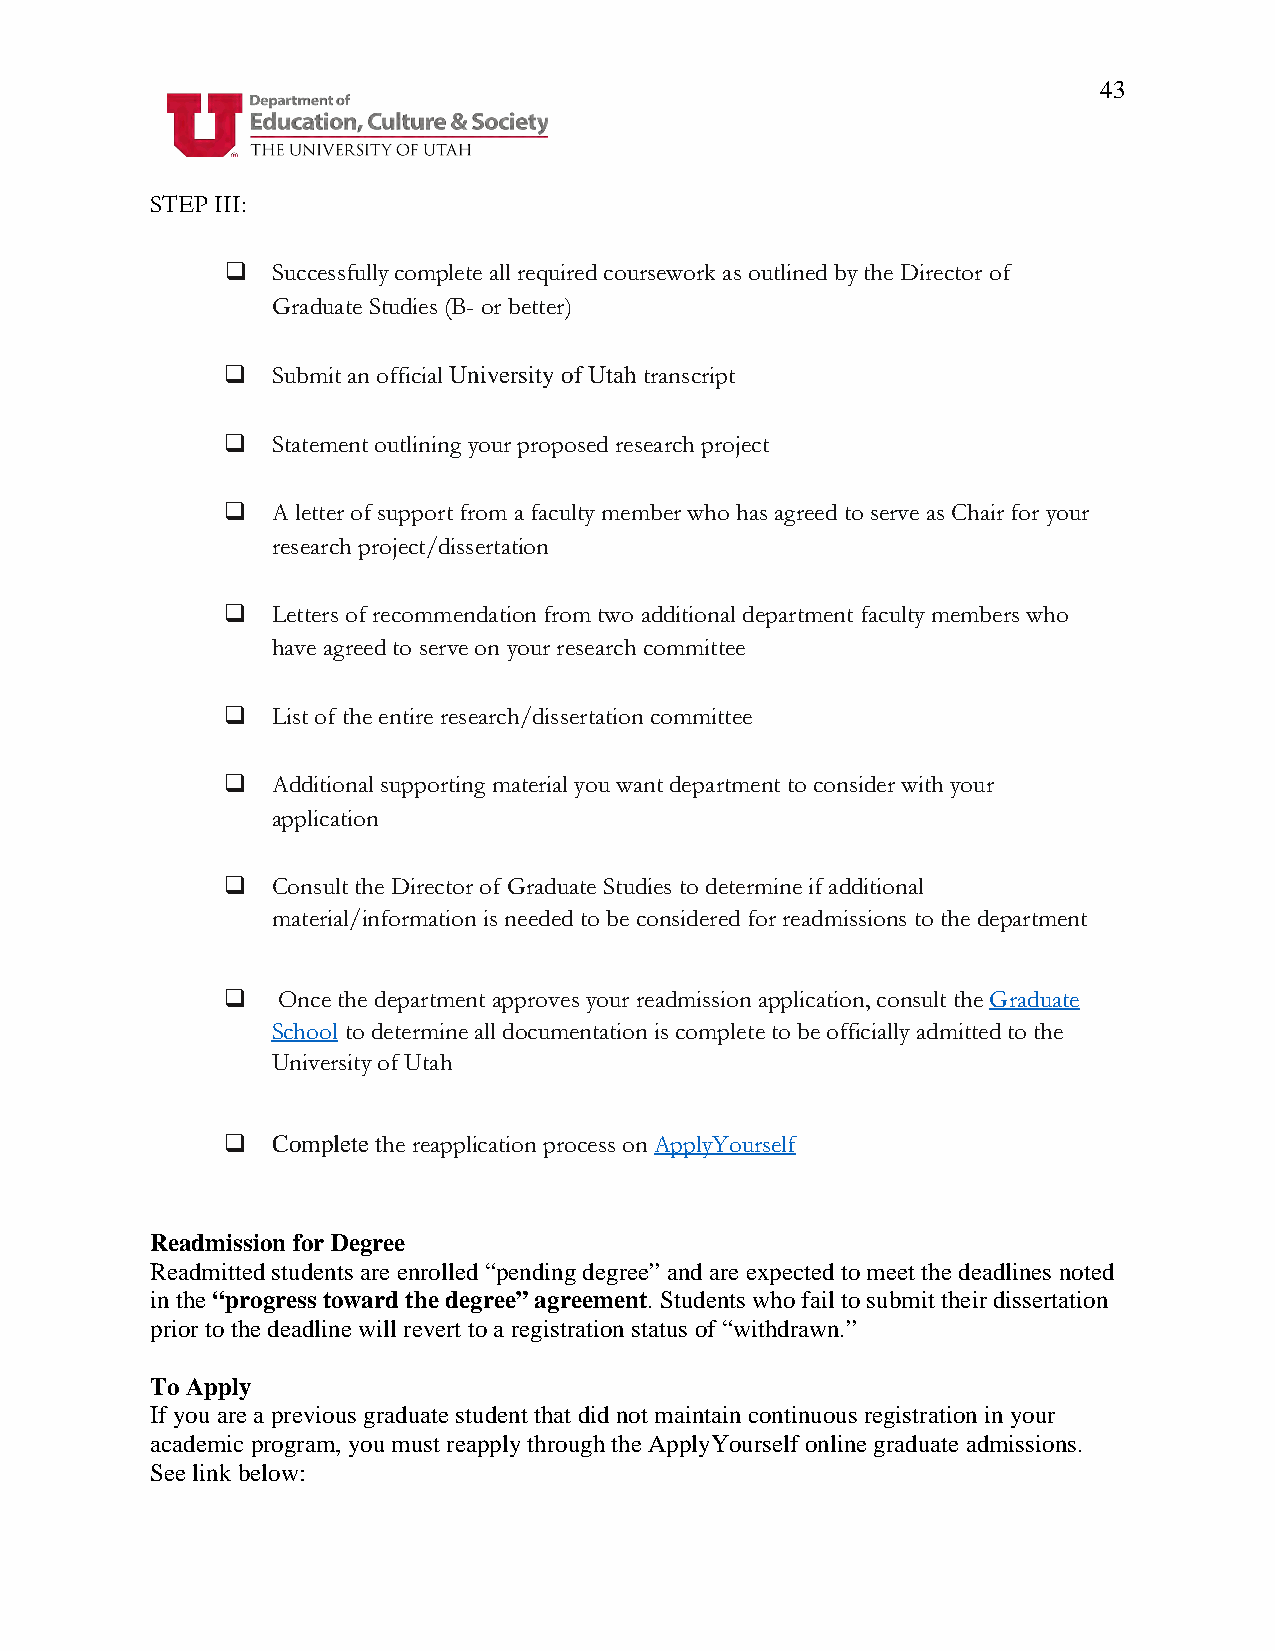
43
 STEP III:
   Successfully complete all required coursework as outlined by the Director of
 Graduate Studies (B- or better)
   Submit an official University of Utah transcript
   Statement outlining your proposed research project
   A letter of support from a faculty member who has agreed to serve as Chair for your
 research project/dissertation
   Letters of recommendation from two additional department faculty members who
 have agreed to serve on your research committee
   List of the entire research/dissertation committee
   Additional supporting material you want department to consider with your
 application
   Consult the Director of Graduate Studies to determine if additional
 material/information is needed to be considered for readmissions to the department
   Once the department approves your readmission application, consult the Graduate
 School to determine all documentation is complete to be officially admitted to the
 University of Utah
   Complete the reapplication process on ApplyYourself
 Readmission for Degree
 Readmitted students are enrolled “pending degree” and are expected to meet the deadlines noted
 in the “progress toward the degree” agreement. Students who fail to submit their dissertation
 prior to the deadline will revert to a registration status of “withdrawn.”
 To Apply
 If you are a previous graduate student that did not maintain continuous registration in your
 academic program, you must reapply through the ApplyYourself online graduate admissions.
 See link below: